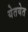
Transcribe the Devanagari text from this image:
येतयेत